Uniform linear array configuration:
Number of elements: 8
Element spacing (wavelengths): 0.75
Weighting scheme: kaiser
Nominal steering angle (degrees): -60
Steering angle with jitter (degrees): -61.054
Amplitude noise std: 0.05
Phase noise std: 0.05

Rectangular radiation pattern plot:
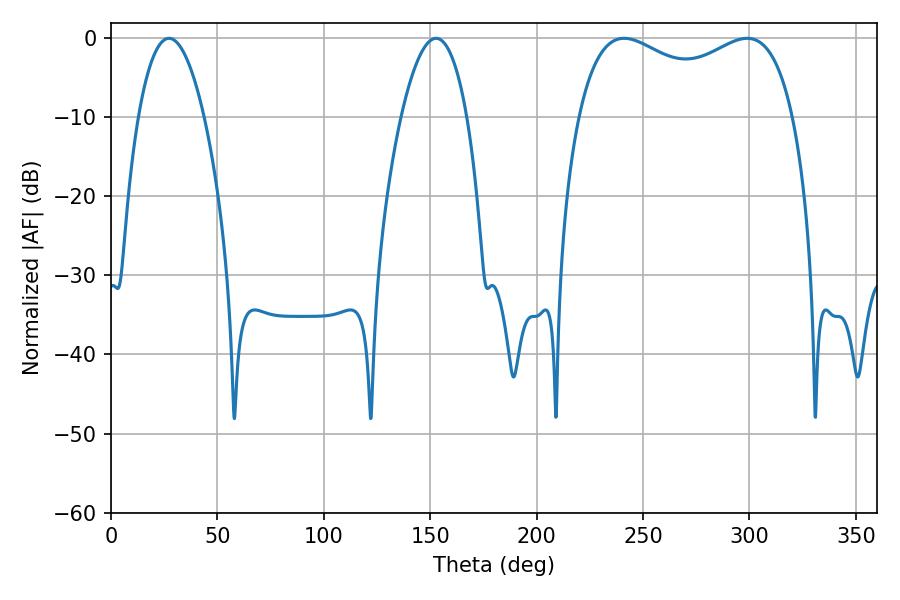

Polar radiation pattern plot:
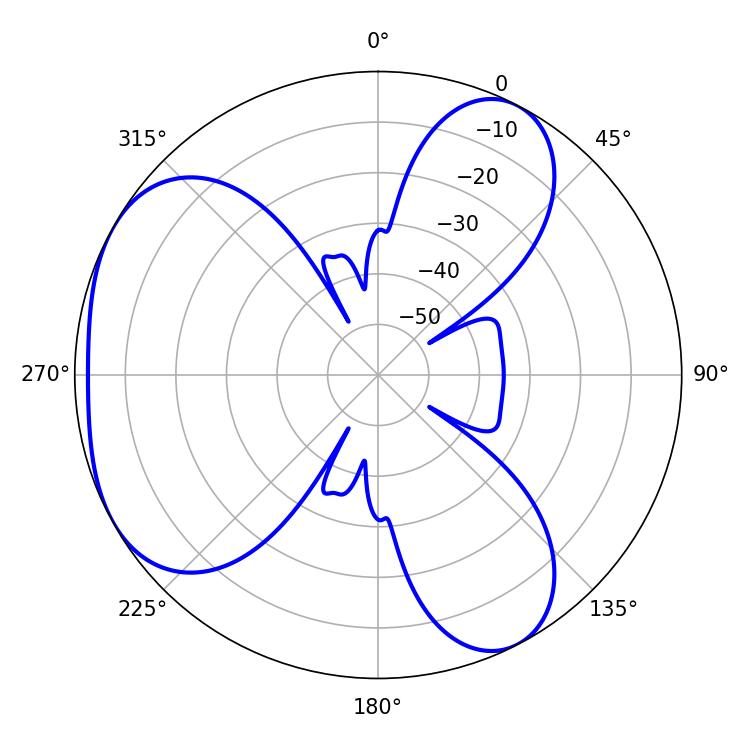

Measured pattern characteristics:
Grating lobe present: TRUE
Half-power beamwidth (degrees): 83.88
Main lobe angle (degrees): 241.02